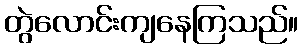
တွဲလောင်းကျနေကြသည်။